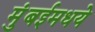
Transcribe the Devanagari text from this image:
मुंबईमधये